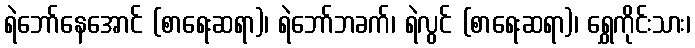
ရဲဘော်နေအောင် (စာရေးဆရာ)၊ ရဲဘော်ဘခက်၊ ရဲလွင် (စာရေးဆရာ)၊ ရွှေကိုင်းသား၊